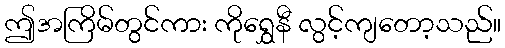
ဤအကြိမ်တွင်ကား ကိုရွှေနီ လွင့်ကျတော့သည်။